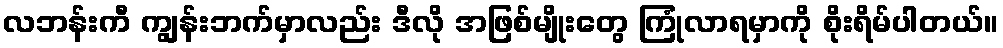
လဘန်းကီ ကျွန်းဘက်မှာလည်း ဒီလို အဖြစ်မျိုးတွေ ကြုံလာရမှာကို စိုးရိမ်ပါတယ်။